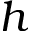
h